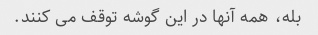
بله، همه آنها در این گوشه توقف می کنند.